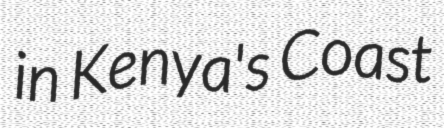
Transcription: in Kenya's Coast